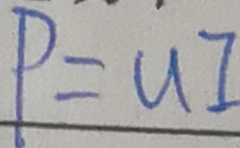
P = u I